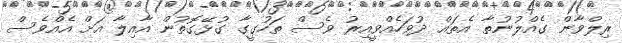
ރިލްވާން ގެއްލުނުތާ އެތައް ދުވަހެއްވީއިރު ވެސް ތަހުގީގާ ގުޅޭގޮތުން އާއިލާ އަށް އެއްވެސް